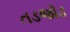
તડજોડ